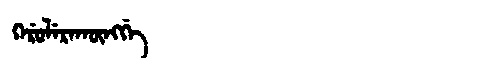
Manchu: ᡴᡝᡵᡠᠯᡝᡵᠠᡴᡡᠩᡤᡝ
Romanization: KERULERAKŪNGGE